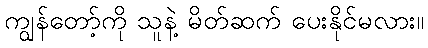
ကျွန်တော့်ကို သူနဲ့ မိတ်ဆက် ပေးနိုင်မလား။